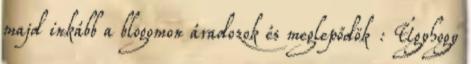
majd inkább a blogomon áradozok és meglepődök : Úgyhogy